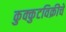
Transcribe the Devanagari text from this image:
कुक्कुटविक्रीचे